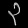
Digit: ၃